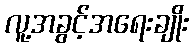
လူ့အခွင့်အရေးချိုး